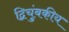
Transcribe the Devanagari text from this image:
द्विचुंबकीय